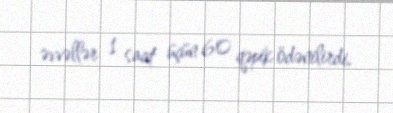
əvvəllər 1 saat üçün 60 qəpik ödənilirdi.